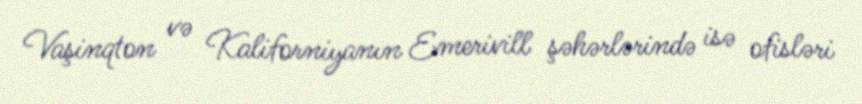
Vaşinqton və Kaliforniyanın Emerivill şəhərlərində isə ofisləri